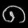
Digit: ၈